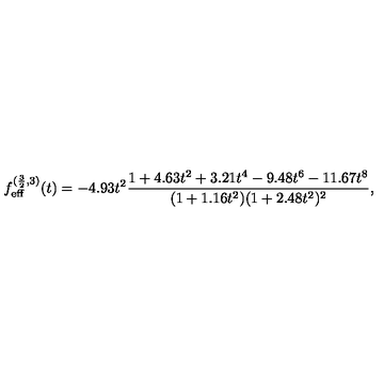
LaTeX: f _ { \mathrm { e f f } } ^ { ( \frac { 3 } { 2 } , 3 ) } ( t ) = - 4 . 9 3 t ^ { 2 } \frac { 1 + 4 . 6 3 t ^ { 2 } + 3 . 2 1 t ^ { 4 } - 9 . 4 8 t ^ { 6 } - 1 1 . 6 7 t ^ { 8 } } { ( 1 + 1 . 1 6 t ^ { 2 } ) ( 1 + 2 . 4 8 t ^ { 2 } ) ^ { 2 } } ,